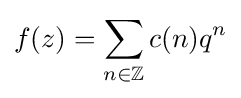
f(z)=\sum _{n\in \mathbb {Z} }c(n)q^{n}